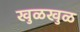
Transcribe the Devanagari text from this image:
खुळखुळ